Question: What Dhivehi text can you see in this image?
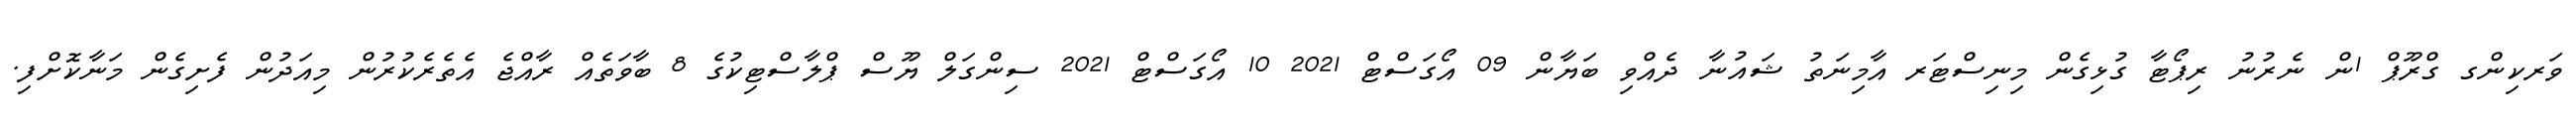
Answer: ވަރކިންގ ގްރޫޕް 1ން ނެރުނު ރިޕޯޓާ ގުޅިގެން މިނިސްޓަރ އާމިނަތު ޝައުނާ ދެއްވި ބަޔާން 09 އޯގަސްޓް 2021 10 އޯގަސްޓް 2021 ސިންގަލް ޔޫސް ޕްލާސްޓިކުގެ 8 ބާވަތެއް ރާއްޖެ އެތެރެކުރުން މިއަދުން ފެށިގެން މަނާކޮށްފި.